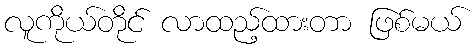
လူကိုယ်တိုင် လာထည့်ထားတာ ဖြစ်မယ်